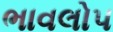
ભાવલોપ